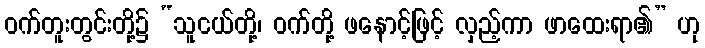
ဝက်တူးတွင်းတို့၌ “သူငယ်တို့၊ ဝက်တို့ ဖနောင့်ဖြင့် လှည့်ကာ ဖာထေးရာ၏” ဟု